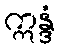
ဣန္ဒံ